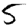
Digit: 5